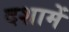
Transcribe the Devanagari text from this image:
दशामें